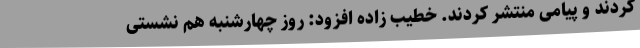
کردند و پیامی منتشر کردند. خطیب زاده افزود: روز چهارشنبه هم نشستی